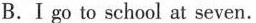
B.Ⅰ go to school at seven.